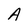
Character: A